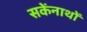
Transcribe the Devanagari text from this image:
सकेंनाथों